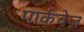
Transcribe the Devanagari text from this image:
पार्कवेज़